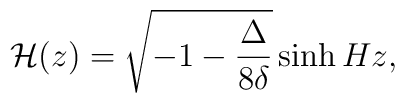
{\cal H}(z)= \sqrt{-1-\frac{\Delta}{8 \delta}} \sinh{H z},